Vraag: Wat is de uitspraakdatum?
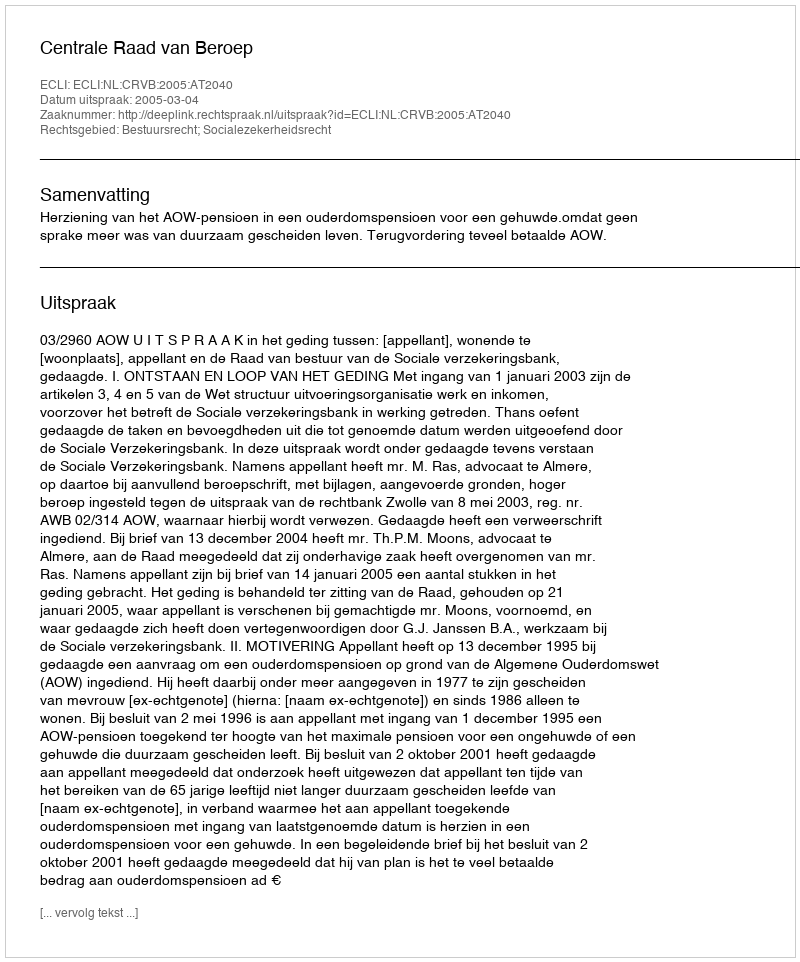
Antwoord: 2005-03-04